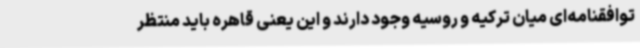
توافقنامه‌ای میان ترکیه و روسیه وجود دارند و این یعنی قاهره باید منتظر